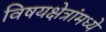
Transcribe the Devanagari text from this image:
विषयक्षेत्रांमध्ये